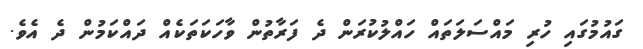
ގައުމުގައި ހުރި މައްސަލަތައް ހައްލުކުރަން ދެ ފަރާތުން ވާހަކަތަކެއް ދައްކަމުން ދެ އެވެ.